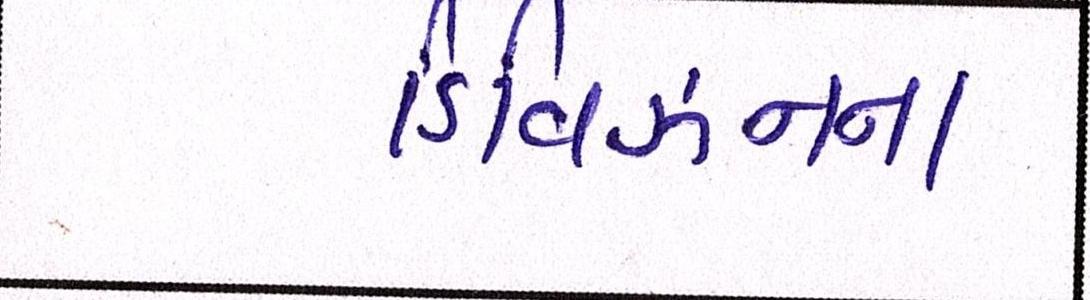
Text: ડિવિઝનના